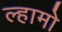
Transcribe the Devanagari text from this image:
ल्हामो